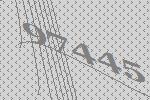
97445